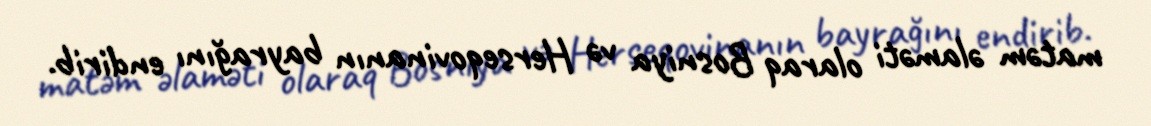
matəm əlaməti olaraq Bosniya və Herseqovinanın bayrağını endirib.